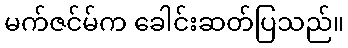
မက်ဇင်မ်က ခေါင်းဆတ်ပြသည်။